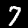
Digit: 7